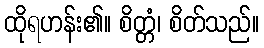
ထိုရဟန်း၏။ စိတ္တံ၊ စိတ်သည်။